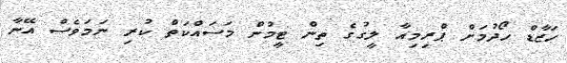
ހަޒާޑް ހޯދުމަށް ޕްރިމިއާ ލީގުގެ ތިން ޓީމުން މަސައްކަތް ކުރި ނަމަވެސް އޭނާ